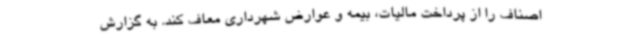
اصناف را از پرداخت مالیات، بیمه و عوارض شهرداری معاف کند. به گزارش